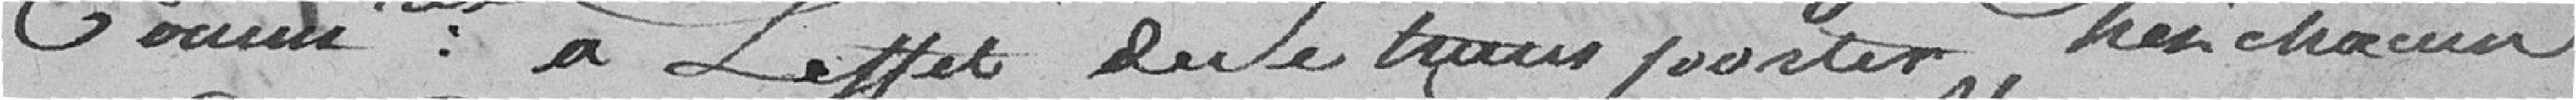
Cordonniers: à L'effet de se transporter Chez chacun